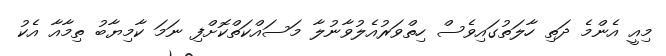
މިއީ އެންމެ ދަތި ހާލަތުގައިވެސް ހިތްވަރުއެލުވާނުލާ މަސައްކަތްކޮށްފި ނަމަ ކާމިޔާބު ތިމާއާ އެކު